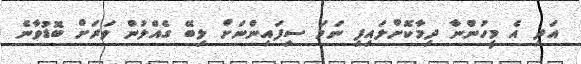
އަދި އެ މީހުންނާ ދިމާކޮށްލައިފި ނަމަ ސިފައިންނަށް ލިބޭ ގެއްލުން ވަރަށް ބޮޑުވާނެ